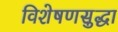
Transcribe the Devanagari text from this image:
विशेषणसुद्धा